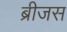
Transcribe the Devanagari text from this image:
ब्रीजस